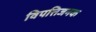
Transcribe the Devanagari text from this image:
विपत्तिजनक